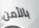
بالأمن